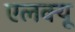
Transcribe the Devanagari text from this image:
एलक्यू